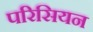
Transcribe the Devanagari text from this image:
परिसियन